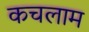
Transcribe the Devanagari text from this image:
कचलाम